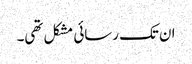
ان تک رسائی مشکل تھی۔